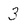
Character: 3